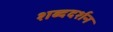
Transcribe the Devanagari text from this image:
शब्ददर्शन